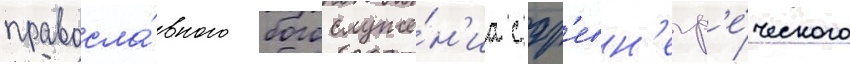
правосла́вного богослуже́н'иа с др'евн'егр'е́ческого